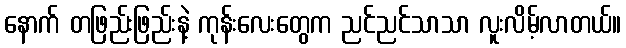
နောက် တဖြည်းဖြည်းနဲ့ ကုန်းလေးတွေက ညင်ညင်သာသာ လူးလိမ့်လာတယ်။